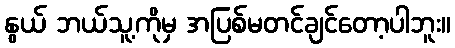
နွယ် ဘယ်သူ့ကိုမှ အပြစ်မတင်ချင်တော့ပါဘူး။